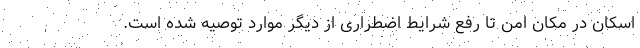
اسکان در مکان امن تا رفع شرایط اضطراری از دیگر موارد توصیه شده است.